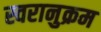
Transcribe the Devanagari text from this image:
स्वरानुक्रम